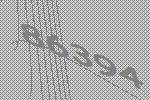
86394